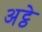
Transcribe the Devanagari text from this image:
अट्ठे